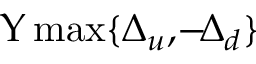
\Upsilon \operatorname* { m a x } \{ \Delta _ { u } , \! - \! \Delta _ { d } \}